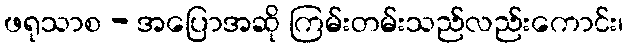
ဖရုသာစ - အပြောအဆို ကြမ်းတမ်းသည်လည်းကောင်း၊